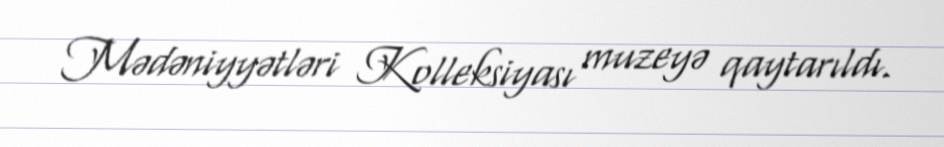
Mədəniyyətləri Kolleksiyası muzeyə qaytarıldı.